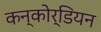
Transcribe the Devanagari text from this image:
कन्कोर्डियन